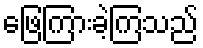
ဖြေကြားခဲ့ကြသည်